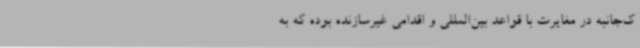
ک‌جانبه در مغایرت با قواعد بین‌المللی و اقدامی غیرسازنده بوده که به